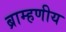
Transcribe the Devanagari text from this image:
ब्राम्हणीय